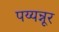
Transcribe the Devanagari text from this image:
पय्यन्नूर